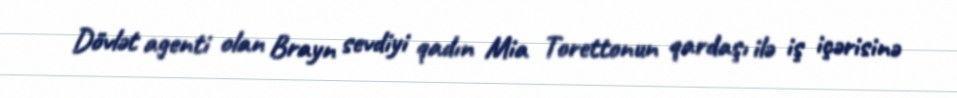
Dövlət agenti olan Brayn sevdiyi qadın Mia Torettonun qardaşı ilə iş içərisinə